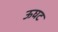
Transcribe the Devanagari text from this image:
ऊघट